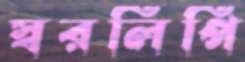
স্বরলিপি